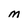
Character: M